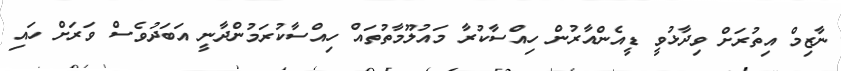
ނާޒިމް އިތުރަށް ވިދާޅުވީ ޑީއެންއާރުން ހިއްސާކުރާ މައުލޫމާތުތައް ހިއްސާކުރަމުންދާނީ އަބަދުވެސް ވަރަށް ހައި